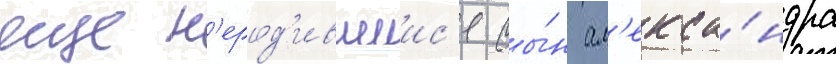
еще н'ерод'ившиис'я сы́н ал'екса́ндра